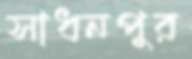
সাধনপুর